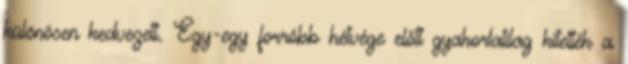
különösen kedvezett. Egy-egy forróbb hétvége előtt gyakorlatilag kitették a